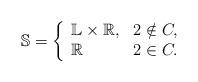
LaTeX: \begin{align*} \mathbb{S} = \left\{ \begin{array}{ll} \mathbb{L} \times \mathbb{R}, & 2 \notin C, \\ \mathbb{R} & 2 \in C. \end{array} \right. \end{align*}